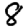
Digit: 8